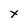
Character: x